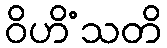
ဝိဟိံသတိ